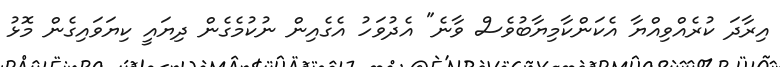
އިރާދަ ކުރެއްވިއްޔާ އެކަންކާމިޔާބުވެސް ވާނެ" އެދުވަހު އެގެއިން ނުކުމެގެން ދިޔައީ ކިޔަަވައިގެން މޮޅު